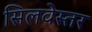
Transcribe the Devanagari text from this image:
सिलवेस्तर